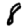
Digit: 8